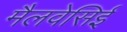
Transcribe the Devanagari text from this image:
मैलवेसिई